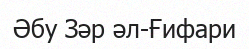
Әбу Зәр әл-Ғифари